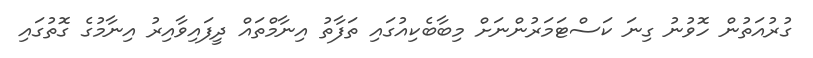
ގުރުއަތުން ހޮވުނު ގިނަ ކަސްޓަމަރުންނަށް މިބާބެކިއުގައި ތަފާތު އިނާމްތައް ދީފައިވާއިރު އިނާމުގެ ގޮތުގައި